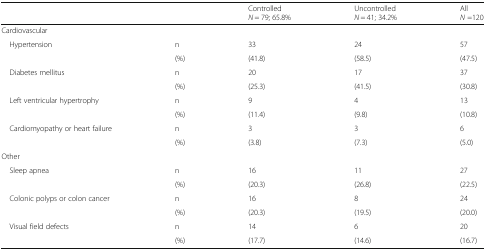
<table><thead><tr><td colspan="2"></td><td><b>Controlled<i>N</i> = 79; 65.8%</b></td><td><b>Uncontrolled<i>N</i> = 41; 34.2%</b></td><td><b>All<i>N</i> =120</b></td></tr></thead><tbody><tr><td colspan="5">Cardiovascular</td></tr><tr><td rowspan="2"> Hypertension</td><td>n</td><td>33</td><td>24</td><td>57</td></tr><tr><td>(%)</td><td>(41.8)</td><td>(58.5)</td><td>(47.5)</td></tr><tr><td rowspan="2"> Diabetes mellitus</td><td>n</td><td>20</td><td>17</td><td>37</td></tr><tr><td>(%)</td><td>(25.3)</td><td>(41.5)</td><td>(30.8)</td></tr><tr><td rowspan="2"> Left ventricular hypertrophy</td><td>n</td><td>9</td><td>4</td><td>13</td></tr><tr><td>(%)</td><td>(11.4)</td><td>(9.8)</td><td>(10.8)</td></tr><tr><td rowspan="2"> Cardiomyopathy or heart failure</td><td>n</td><td>3</td><td>3</td><td>6</td></tr><tr><td>(%)</td><td>(3.8)</td><td>(7.3)</td><td>(5.0)</td></tr><tr><td colspan="5">Other</td></tr><tr><td rowspan="2"> Sleep apnea</td><td>n</td><td>16</td><td>11</td><td>27</td></tr><tr><td>(%)</td><td>(20.3)</td><td>(26.8)</td><td>(22.5)</td></tr><tr><td rowspan="2"> Colonic polyps or colon cancer</td><td>n</td><td>16</td><td>8</td><td>24</td></tr><tr><td>(%)</td><td>(20.3)</td><td>(19.5)</td><td>(20.0)</td></tr><tr><td rowspan="2"> Visual field defects</td><td>n</td><td>14</td><td>6</td><td>20</td></tr><tr><td>(%)</td><td>(17.7)</td><td>(14.6)</td><td>(16.7)</td></tr></tbody></table>